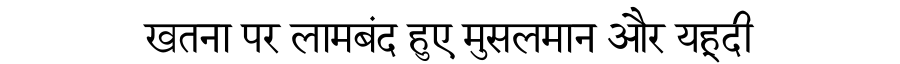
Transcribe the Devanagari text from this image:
खतना पर लामबंद हुए मुसलमान और यहूदी